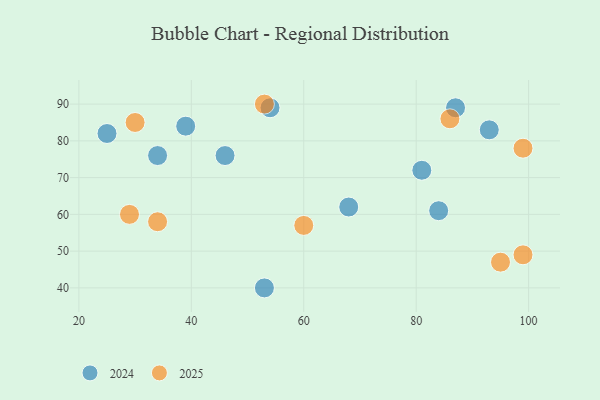
{"axis": {"x": "GDP", "y": "Life Expectancy"}, "legend": ["2024", "2025"], "data": [{"x": "68", "y": 62, "type": "2024"}, {"x": "34", "y": 76, "type": "2024"}, {"x": "93", "y": 83, "type": "2024"}, {"x": "25", "y": 82, "type": "2024"}, {"x": "53", "y": 40, "type": "2024"}, {"x": "54", "y": 89, "type": "2024"}, {"x": "39", "y": 84, "type": "2024"}, {"x": "81", "y": 72, "type": "2024"}, {"x": "84", "y": 61, "type": "2024"}, {"x": "46", "y": 76, "type": "2024"}, {"x": "87", "y": 89, "type": "2024"}, {"x": "30", "y": 85, "type": "2025"}, {"x": "99", "y": 49, "type": "2025"}, {"x": "53", "y": 90, "type": "2025"}, {"x": "95", "y": 47, "type": "2025"}, {"x": "60", "y": 57, "type": "2025"}, {"x": "29", "y": 60, "type": "2025"}, {"x": "86", "y": 86, "type": "2025"}, {"x": "99", "y": 78, "type": "2025"}, {"x": "34", "y": 58, "type": "2025"}]}